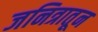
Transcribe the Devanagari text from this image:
जनित्रातून